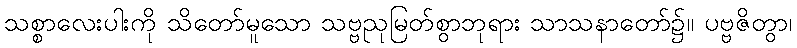
သစ္စာလေးပါးကို သိတော်မူသော သဗ္ဗညုမြတ်စွာဘုရား သာသနာတော်၌။ ပဗ္ဗဇိတွာ၊